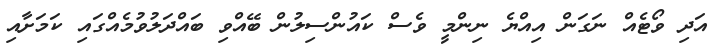
އަދި ވޯޓެއް ނަގަން އިއްޔެ ނިންމީ ވެސް ކައުންސިލުން ބޭއްވި ބައްދަލުވުމެއްގައި ކަމަށާއި